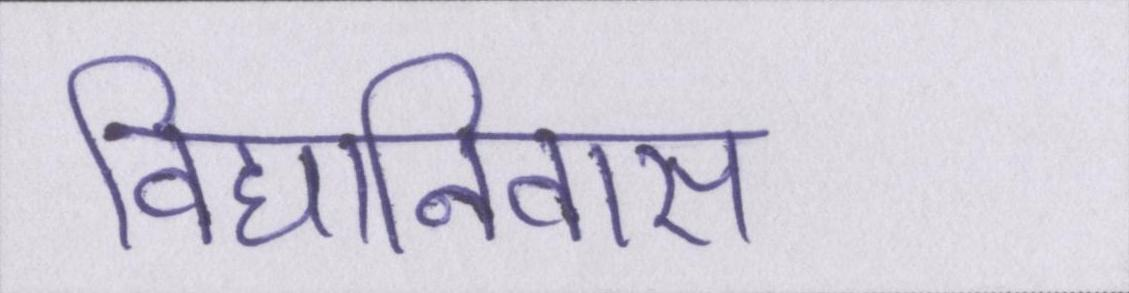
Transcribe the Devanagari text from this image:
विद्यानिवास